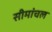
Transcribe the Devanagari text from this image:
सीमांचल